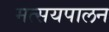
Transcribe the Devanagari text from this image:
मत्सयपालन